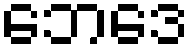
ဘေဒေ